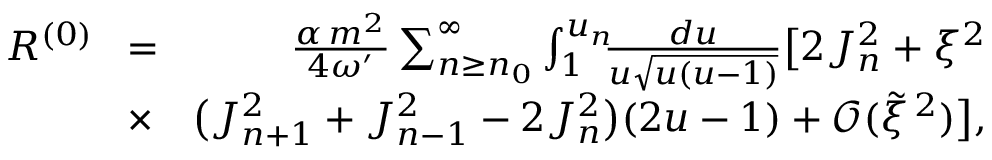
\begin{array} { r l r } { R ^ { ( 0 ) } \! } & { = } & { \! \frac { \alpha \, m ^ { 2 } } { 4 \omega ^ { \prime } } \sum _ { n \geq n _ { 0 } } ^ { \infty } \int _ { 1 } ^ { u _ { n } } \! \! \! \frac { d u } { u \sqrt { u ( u - 1 ) } } \big [ 2 J _ { n } ^ { 2 } + \xi ^ { 2 } } \\ & { \times } & { \! \big ( J _ { n + 1 } ^ { 2 } + J _ { n - 1 } ^ { 2 } - 2 J _ { n } ^ { 2 } \big ) ( 2 u - 1 ) + \mathcal { O } ( \tilde { \xi } ^ { \, 2 } ) \big ] , } \end{array}